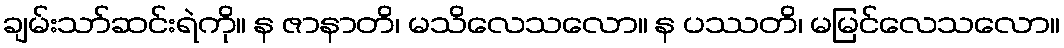
ချမ်းသာ်ဆင်းရဲကို။ န ဇာနာတိ၊ မသိလေသလော။ န ပဿတိ၊ မမြင်လေသလော။